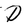
Character: D